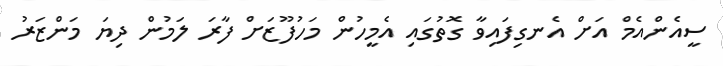
ސީއެންއެމް އަށް އެނގިފައިވާ ގޮތުގައި އެމީހުން މަހުފޫޒަށް ފާރަ ލަމުން ދިޔަ މަންޒަރު